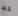
كله